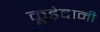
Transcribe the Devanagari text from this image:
कूड़ेदानी